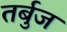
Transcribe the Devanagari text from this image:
तर्बुज